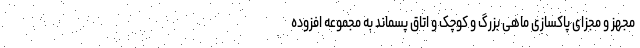
مجهز و مجزای پاکسازی ماهی بزرگ و کوچک و اتاق پسماند به مجموعه افزوده